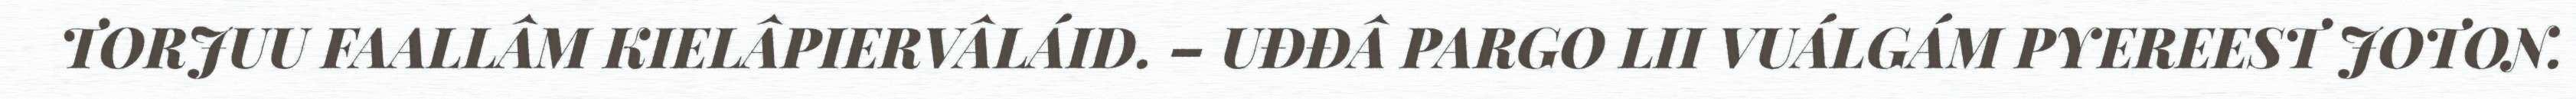
TORJUU FAALLÂM KIELÂPIERVÂLÁID. – UĐĐÂ PARGO LII VUÁLGÁM PYEREEST JOTON.